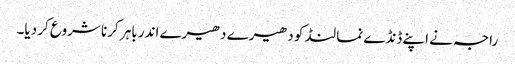
راجہ نے اپنے ڈنڈے نما لنڈ کو دھیرے دھیرے اندر باہر کرنا شروع کر دیا۔